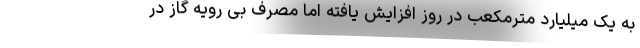
به یک میلیارد مترمکعب در روز افزایش یافته اما مصرف بی رویه گاز در